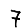
Digit: 7